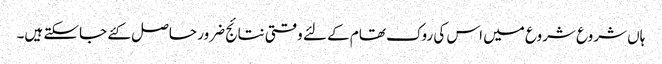
ہاں شروع شروع میں اس کی روک تھام کے لئے وقتی نتائج ضرور حاصل کئے جاسکتے ہیں۔